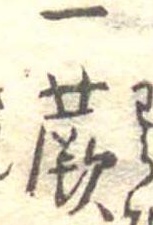
一蕨